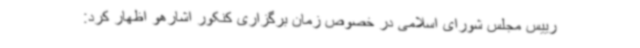
رییس مجلس شورای اسلامی در خصوص زمان برگزاری کنکور اشارهو اظهار کرد: